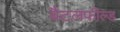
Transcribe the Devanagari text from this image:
बैटलफील्ड